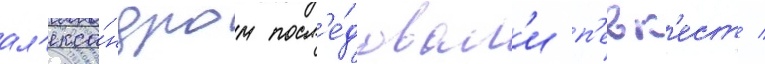
ал'екса́ндром посл'е́довал'и п'евк'ест /